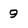
Character: 9